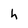
Character: h